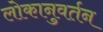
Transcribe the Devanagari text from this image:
लोकानुवर्तन